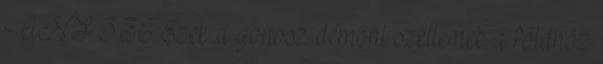
ANF 3.36 Ezek a gonosz démoni szellemek a földhöz